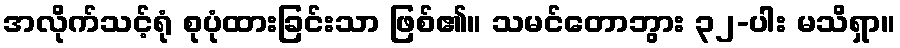
အလိုက်သင့်ရုံ စုပုံထားခြင်းသာ ဖြစ်၏။ သမင်တောဘွား ၃၂-ပါး မသိရှာ။